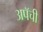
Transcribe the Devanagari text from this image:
अपॅची